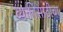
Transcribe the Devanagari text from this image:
व्यक्तींसाठीचा